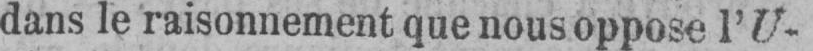
dans le raisonnement que nous oppose l’U-